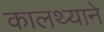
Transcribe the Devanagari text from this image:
कालथ्याने